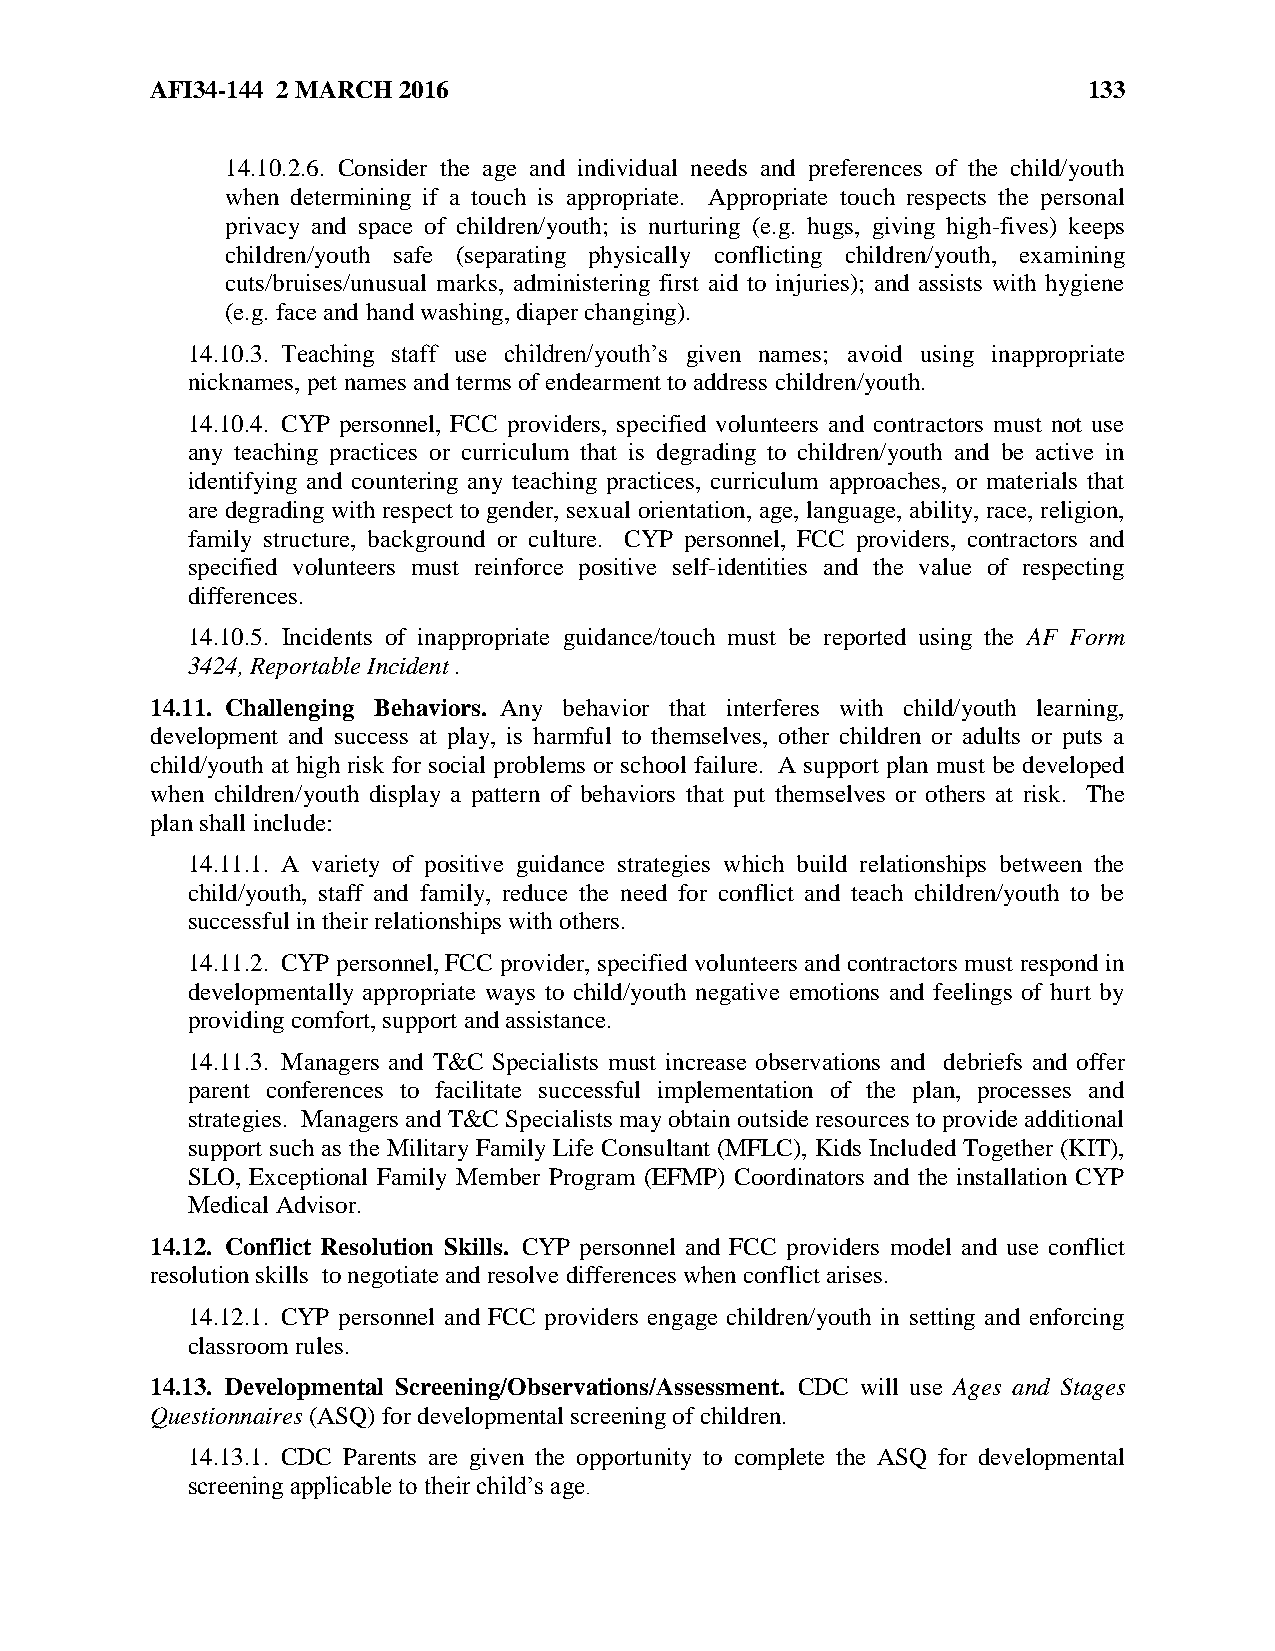
AFI34-144 2 MARCH 2016                                        133
 14.10.2.6. Consider the age and individual needs and preferences of the child/youth
 when determining if a touch is appropriate. Appropriate touch respects the personal
 privacy and space of children/youth; is nurturing (e.g. hugs, giving high-fives) keeps
 children/youth safe (separating physically conflicting children/youth, examining
 cuts/bruises/unusual marks, administering first aid to injuries); and assists with hygiene
 (e.g. face and hand washing, diaper changing).
 14.10.3. Teaching staff use children/youth’s given names; avoid using inappropriate
 nicknames, pet names and terms of endearment to address children/youth.
 14.10.4. CYP personnel, FCC providers, specified volunteers and contractors must not use
 any teaching practices or curriculum that is degrading to children/youth and be active in
 identifying and countering any teaching practices, curriculum approaches, or materials that
 are degrading with respect to gender, sexual orientation, age, language, ability, race, religion,
 family structure, background or culture. CYP personnel, FCC providers, contractors and
 specified volunteers must reinforce positive self-identities and the value of respecting
 differences.
 14.10.5. Incidents of inappropriate guidance/touch must be reported using the AF Form
 3424, Reportable Incident .
 14.11. Challenging Behaviors. Any behavior that interferes with child/youth learning,
 development and success at play, is harmful to themselves, other children or adults or puts a
 child/youth at high risk for social problems or school failure. A support plan must be developed
 when children/youth display a pattern of behaviors that put themselves or others at risk. The
 plan shall include:
 14.11.1. A variety of positive guidance strategies which build relationships between the
 child/youth, staff and family, reduce the need for conflict and teach children/youth to be
 successful in their relationships with others.
 14.11.2. CYP personnel, FCC provider, specified volunteers and contractors must respond in
 developmentally appropriate ways to child/youth negative emotions and feelings of hurt by
 providing comfort, support and assistance.
 14.11.3. Managers and T&C Specialists must increase observations and debriefs and offer
 parent conferences to facilitate successful implementation of the plan, processes and
 strategies. Managers and T&C Specialists may obtain outside resources to provide additional
 support such as the Military Family Life Consultant (MFLC), Kids Included Together (KIT),
 SLO, Exceptional Family Member Program (EFMP) Coordinators and the installation CYP
 Medical Advisor.
 14.12. Conflict Resolution Skills. CYP personnel and FCC providers model and use conflict
 resolution skills to negotiate and resolve differences when conflict arises.
 14.12.1. CYP personnel and FCC providers engage children/youth in setting and enforcing
 classroom rules.
 14.13. Developmental Screening/Observations/Assessment. CDC will use Ages and Stages
 Questionnaires (ASQ) for developmental screening of children.
 14.13.1. CDC Parents are given the opportunity to complete the ASQ for developmental
 screening applicable to their child’s age.